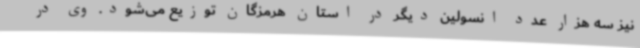
نیز سه هزار عدد انسولین دیگر در استان هرمزگان توزیع می‌شود. وی در